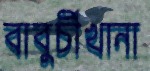
বাবুর্চীখানা